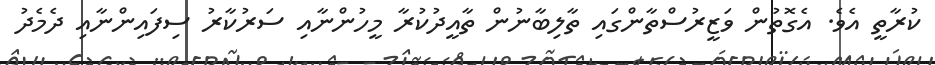
ކުރާތީ އެވެ. އެގޮތުން ވަޒީރުސްތާންގައި ތާލިބާނުން ތާއީދުކުރާ މީހުންނާއި ސަރުކާރު ސިފައިންނާއި ދެމެދު